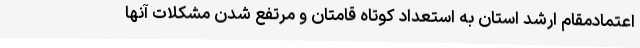
اعتمادمقام ارشد استان به استعداد کوتاه قامتان و مرتفع شدن مشکلات آنها